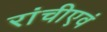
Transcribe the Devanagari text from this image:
रांचीएवं